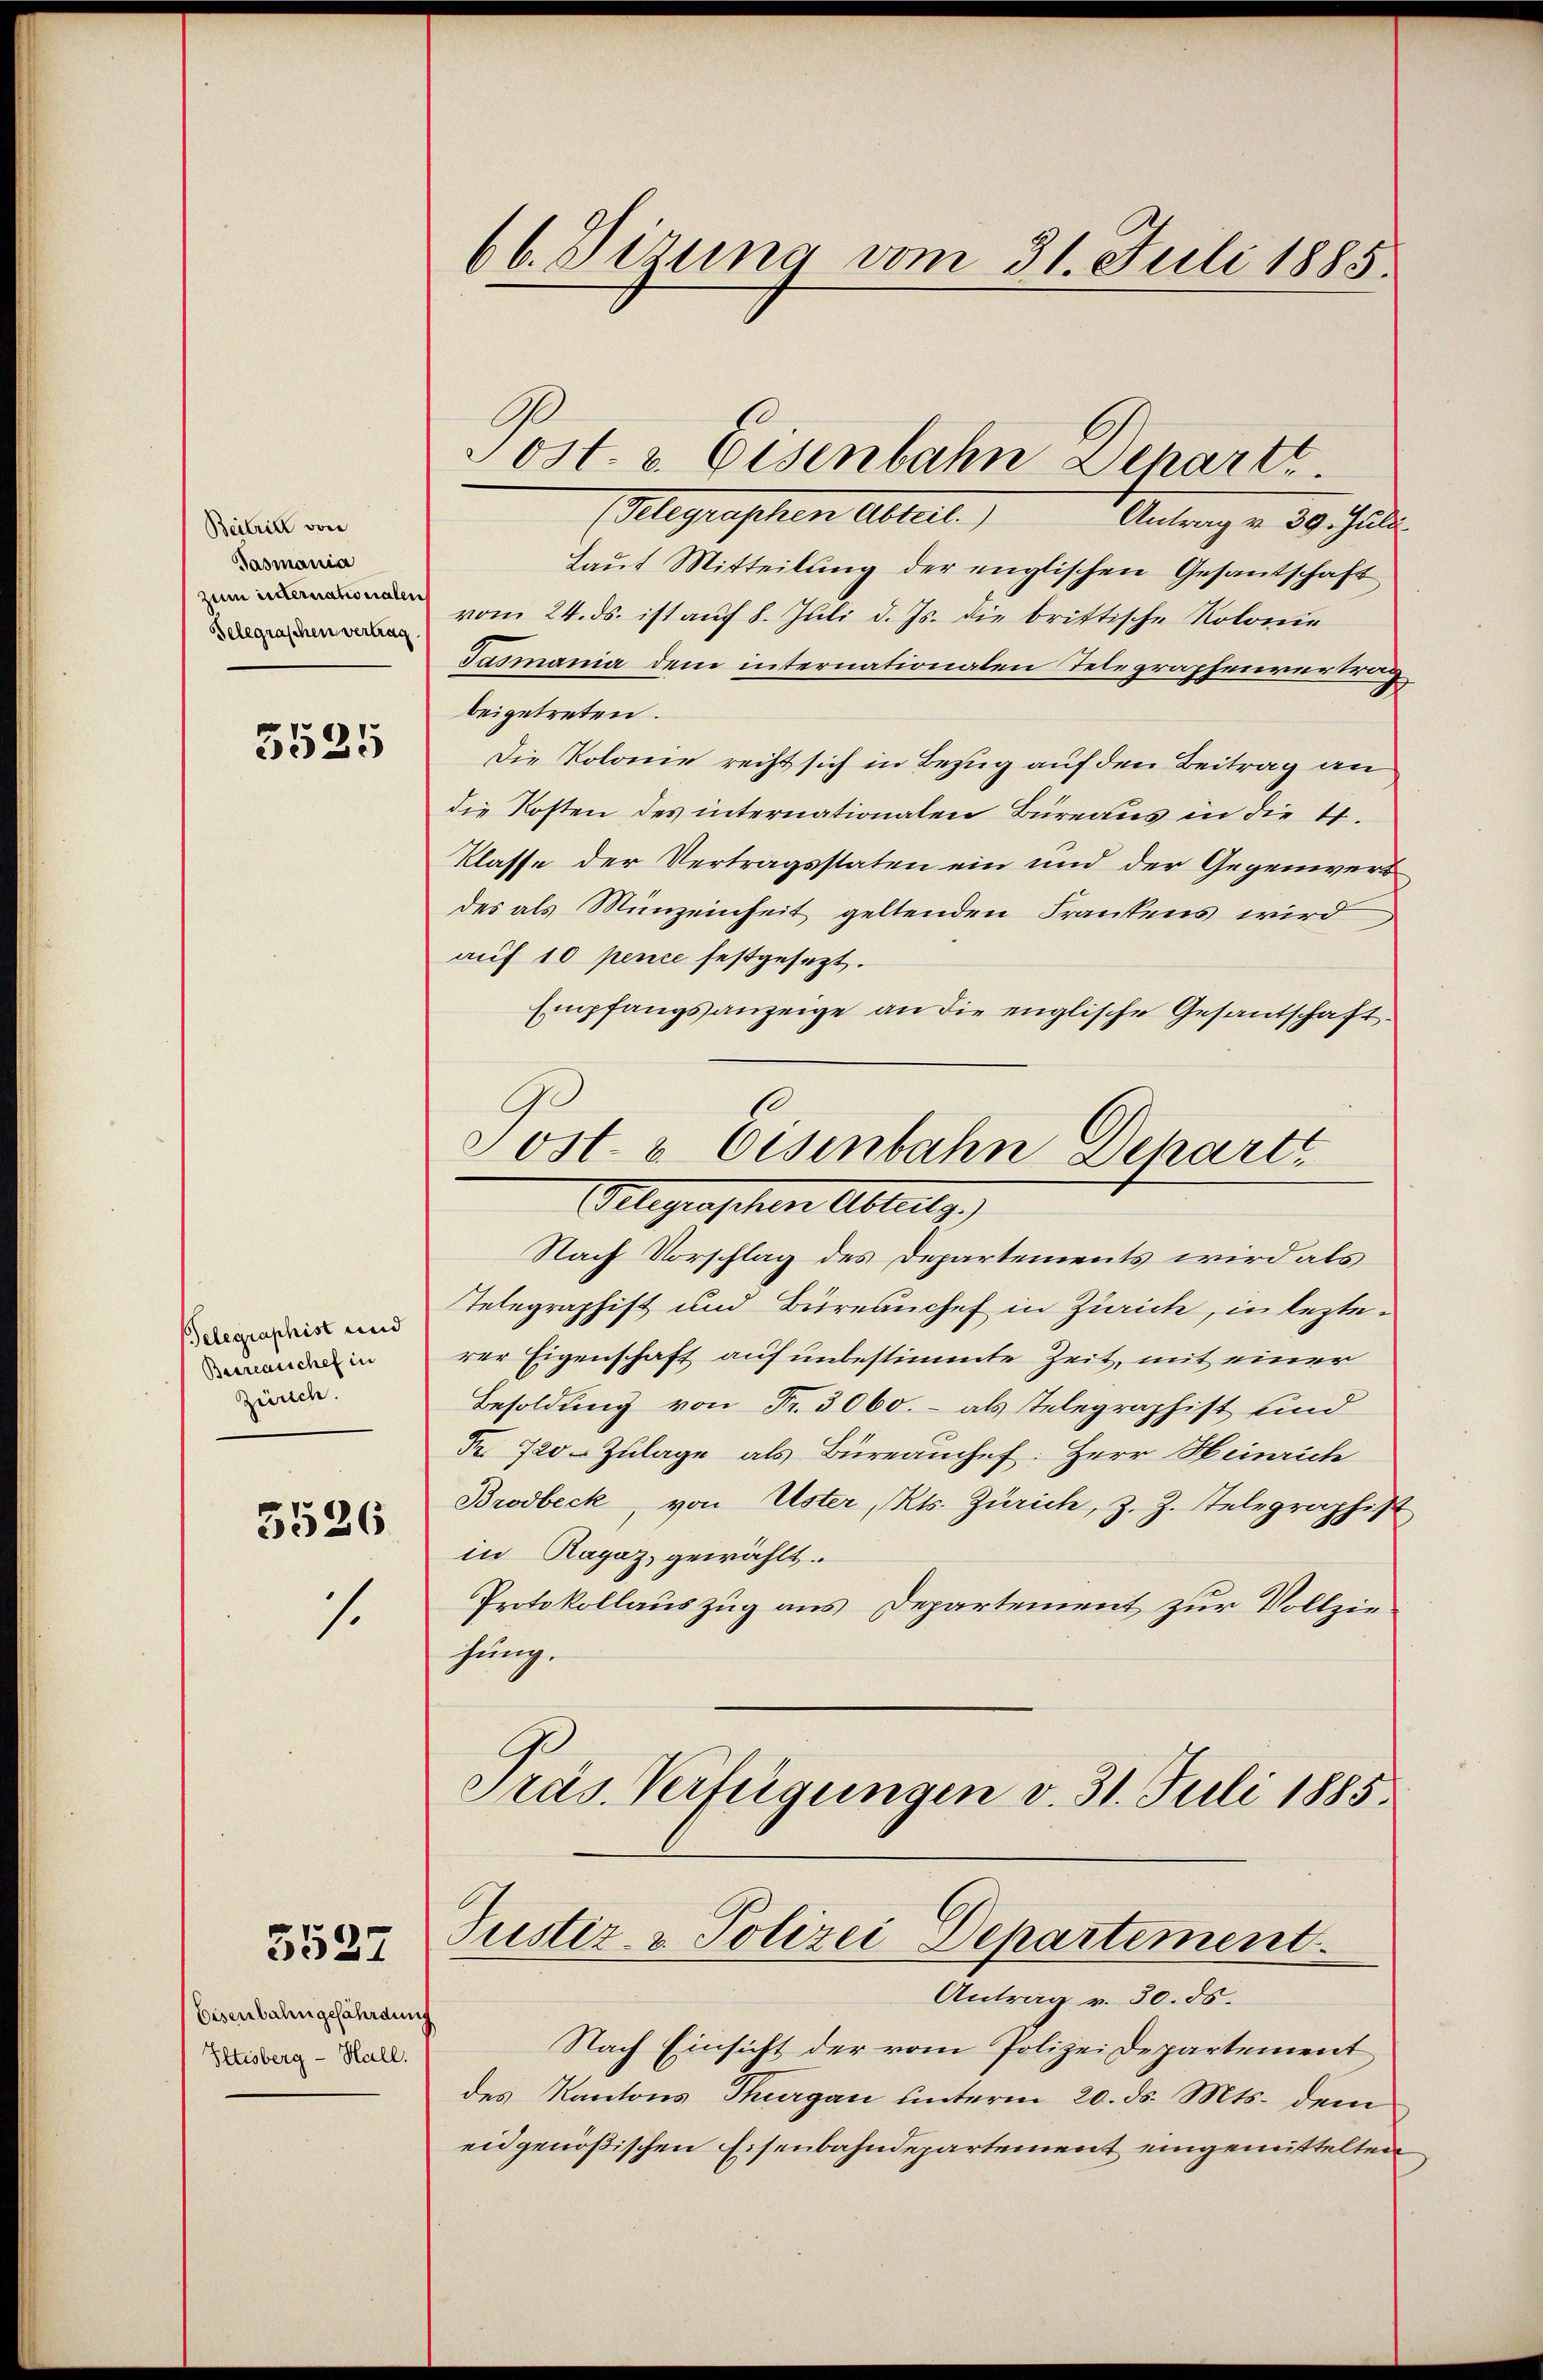
Beitritt von
Tasmania
zum unternationalen
Selegraschen vertrag.

5525

Telegraphist und
Besreaischef in
Zürich.
3526

1.

5527

Eisenbahngefährdung
Iltisberg - Hall.

66. Sizung vom 31. Juli 1885.

(Alegraphen Altert.)
Antrag v. 39. Juli
Laut Mitteilung der englischen Gesantschaft
vom 24. ds. ist auf 8. Juli d. Js. die brittische Kolonie
Gasmania dem internationalen Telegraphenvertrag
beigetreten.
Die Kolome recht sich in Bezug auf den Beitrag an
die Kosten des internationalen Büreaus in die 4.
Klasse der Vertragsstaten ein und der Gegenwart
des als Münzeinheit geltenden Frankens wird
auf 10 pence festgesezt.
Empfangsanzeige an die englische Gesandschaft.
Nach Vorschlag des Departements wird als
Telegraphist und Büreauchef in Zürich, in lezterer Eigenschaft auf unbestimmte Zeit, mit einer
Besoldung von Fr. 3000.- als Telegraphist und
Fr. 720 Zulage als Büreauchef. Herr Heinrich
Brodbeck, von Uster, Kts. Zürich, z. Z. Telegraphist
in Ragaz, gewählt.
Protokollauszug aus Departement zur Vollziehung.
Präs. Verfügungen v. 31. Juli 1885.
Justiz- & Polizei Departement
Antrag v. 30. ds.
Nach Einsicht der vom Polizei Departement
des Kantons Thurgau unterm 20. ds. Mts. dem
eidgenößischen Eisenbahndepartement eingemittelten

ost. v. Eisenbahn Departe

Sost- & Eisenbahn Depart
Alegraschen Abreits)